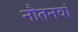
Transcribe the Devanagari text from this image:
नौतनवां